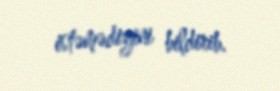
istəmədiyini bildirib.